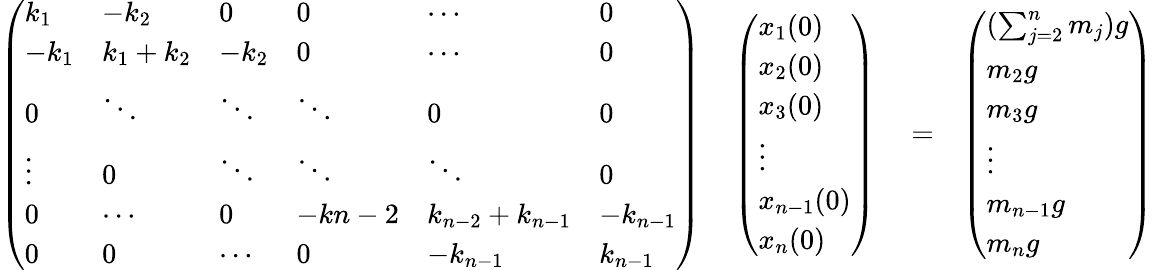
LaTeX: \begin{array}{rlr}{\left(\begin{array}{llllll}{k_{1}}&{-k_{2}}&{0}&{0}&{\cdots}&{0}\\ {-k_{1}}&{k_{1}+k_{2}}&{-k_{2}}&{0}&{\cdots}&{0}\\ {0}&{\ddots}&{\ddots}&{\ddots}&{0}&{0}\\ {\vdots}&{0}&{\ddots}&{\ddots}&{\ddots}&{0}\\ {0}&{\cdots}&{0}&{-k{n-2}}&{k_{n-2}+k_{n-1}}&{-k_{n-1}}\\ {0}&{0}&{\cdots}&{0}&{-k_{n-1}}&{k_{n-1}}\end{array}\right)\quad\left(\begin{array}{l}{x_{1}(0)}\\ {x_{2}(0)}\\ {x_{3}(0)}\\ {\vdots}\\ {x_{n-1}(0)}\\ {x_{n}(0)}\end{array}\right)}&{{}=}&{\left(\begin{array}{l}{(\sum_{j=2}^{n}m_{j})g}\\ {m_{2}g}\\ {m_{3}g}\\ {\vdots}\\ {m_{n-1}g}\\ {m_{n}g}\end{array}\right)}\end{array}